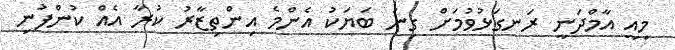
މިއީ އާމްދަނީ ރަނގަޅުވުމަށް ގިނަ ބަޔަކު އެންމެ އިންތިޒާރު ކުރާ އެއް ކުންފުނި